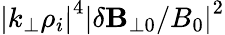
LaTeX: \left|k_{\perp}\rho_{i}\right|^{4}\left|\delta\mathbf{B}_{\perp 0}/B_{0}\right|^{2}